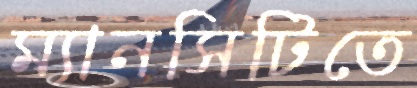
ম্যানসিটিতে